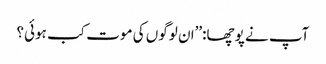
آپ نے پوچھا:’’ان لوگوں کی موت کب ہوئی؟